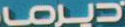
ديرما